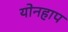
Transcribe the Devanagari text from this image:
योनहाप